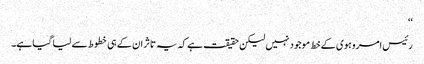
‘‘
رئیس امروہوی کے خط موجود نہیں لیکن حقیقت ہے کہ یہ تاثر ان کے ہی خطوط سے لیا گیا ہے۔